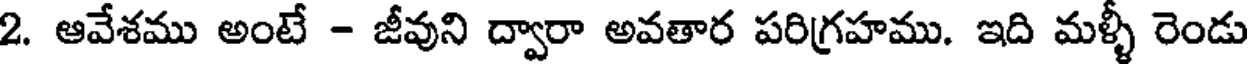
2. ఆవేశము అంటే - జీవుని ద్వారా అవతార పరిగ్రహము. ఇది మళ్ళీ రెండు